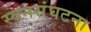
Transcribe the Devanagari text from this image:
स्वनसंघटना